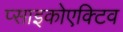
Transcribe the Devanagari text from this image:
प्साइकोएक्टिव